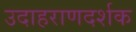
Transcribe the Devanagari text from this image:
उदाहराणदर्शक